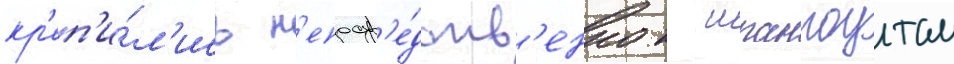
кр'еп'и́л'ись н'епоср'е́дств'енно к шпангоутам